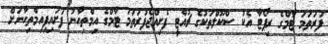
ފުރަތަމަ ޓާމްގެ ރިޕޯޓާ އެކު ސްކޫލްތަކުގެ ޗުއްޓީ ފެށިއްޖެފުރަތަމަ ޓާމްގެ އިމްތިހާނު ފަށައިފިއިމްތިހާނަށް